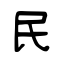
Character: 民